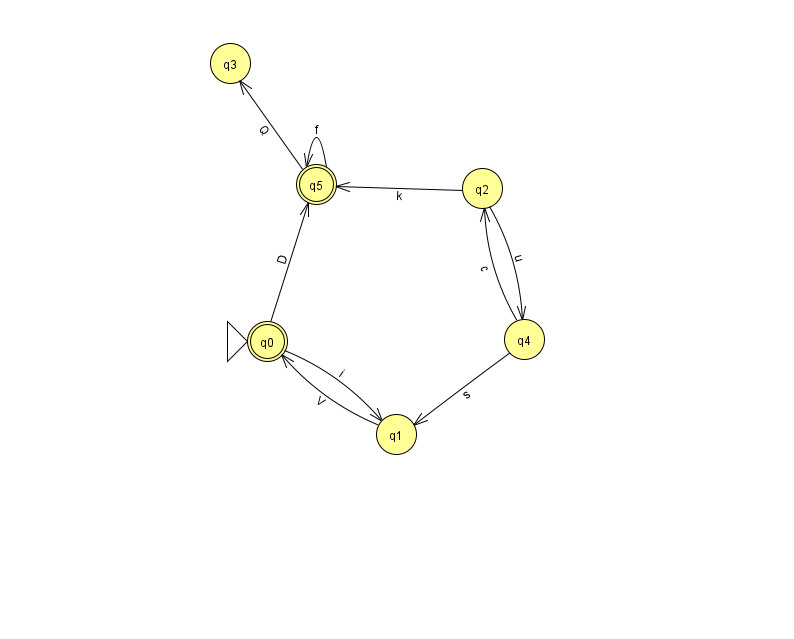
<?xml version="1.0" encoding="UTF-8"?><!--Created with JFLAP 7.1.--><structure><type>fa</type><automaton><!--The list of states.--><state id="0" name="q0"><x>267.0</x><y>328.0</y><initial/><final/></state><state id="1" name="q1"><x>396.0</x><y>421.0</y></state><state id="2" name="q2"><x>482.0</x><y>175.0</y></state><state id="3" name="q3"><x>230.0</x><y>50.0</y></state><state id="4" name="q4"><x>524.0</x><y>326.0</y></state><state id="5" name="q5"><x>316.0</x><y>171.0</y><final/></state><!--The list of transitions.--><transition><from>4</from><to>2</to><read>c</read></transition><transition><from>0</from><to>5</to><read>D</read></transition><transition><from>4</from><to>1</to><read>s</read></transition><transition><from>1</from><to>0</to><read>V</read></transition><transition><from>2</from><to>4</to><read>u</read></transition><transition><from>5</from><to>5</to><read>f</read></transition><transition><from>0</from><to>1</to><read>i</read></transition><transition><from>5</from><to>3</to><read>Q</read></transition><transition><from>2</from><to>5</to><read>k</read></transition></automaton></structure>